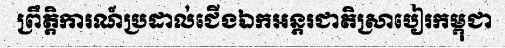
ព្រឹត្តិការណ៍ប្រដាល់ជើងឯកអន្តរជាតិស្រាបៀរកម្ពុជា